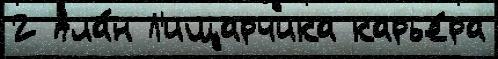
2 Ала́н Л'ищарчика карье́ра